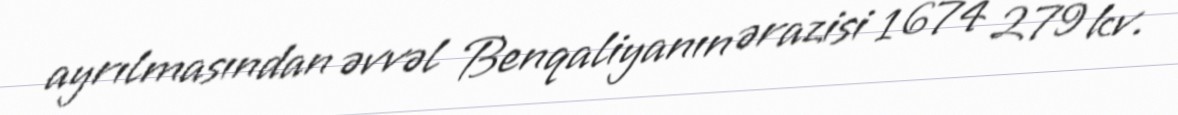
ayrılmasından əvvəl Benqaliyanın ərazisi 1 674 279 kv.